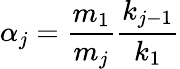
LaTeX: \alpha_{j}=\frac{m_{1}}{m_{j}}\frac{k_{j-1}}{k_{1}}